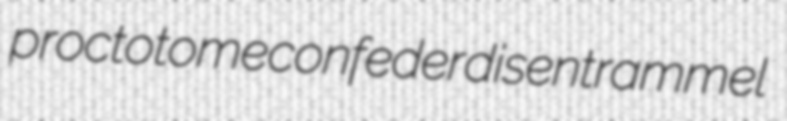
proctotome confeder disentrammel